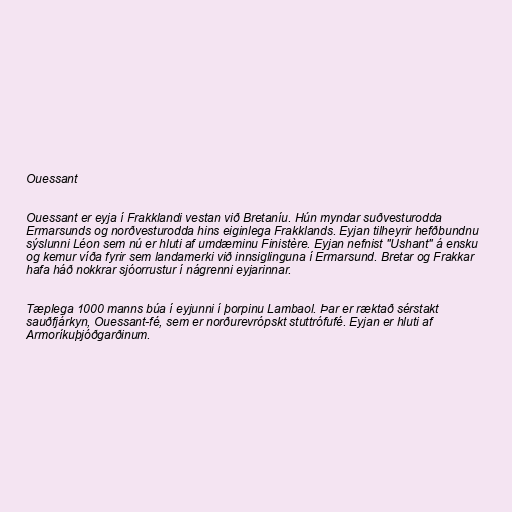
Ouessant

Ouessant er eyja í Frakklandi vestan við Bretaníu. Hún myndar suðvesturodda
Ermarsunds og norðvesturodda hins eiginlega Frakklands. Eyjan tilheyrir hefðbundnu
sýslunni Léon sem nú er hluti af umdæminu Finistère. Eyjan nefnist "Ushant" á ensku
og kemur víða fyrir sem landamerki við innsiglinguna í Ermarsund. Bretar og Frakkar
hafa háð nokkrar sjóorrustur í nágrenni eyjarinnar.

Tæplega 1000 manns búa í eyjunni í þorpinu Lambaol. Þar er ræktað sérstakt
sauðfjárkyn, Ouessant-fé, sem er norðurevrópskt stuttrófufé. Eyjan er hluti af
Armoríkuþjóðgarðinum.